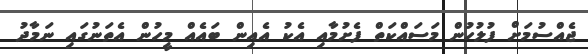
ޖެއްސުމަށް ފުލުހުން މަސައްކަތް ފެށުމާއި އެކު އެއިން ބައެއް މީހުން އެތަނުގައި ނަމާދު